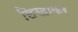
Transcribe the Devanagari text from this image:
लिखाकर